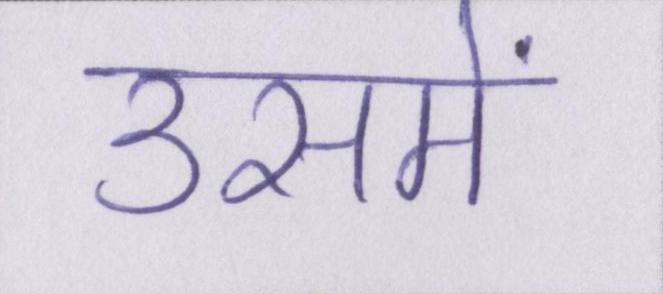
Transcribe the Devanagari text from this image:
उसमें